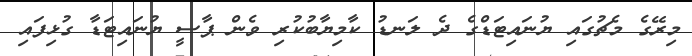
މިރޭގެ މެޗުގައި ޔުނައިޓަޑްގެ ދެ ލަނޑު ކާމިޔާބުކުރި ވެން ޕާސީ ޔުނައިޓަޑާ ގުޅިފައި